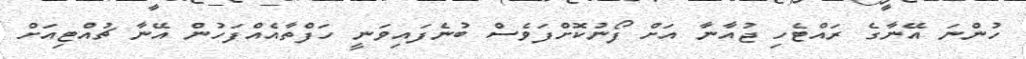
ހުންނަ އޭނާގެ ރައްޓެހި ޖުއާނާ އަށް ފޯނުކޮށްފަވެސް ބުނެފައިވަނީ ހަފްތާއެއްފަހުން އޭނާ ޗުއްޓިއަށް